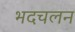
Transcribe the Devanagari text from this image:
भदचलन